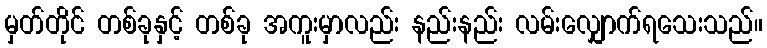
မှတ်တိုင် တစ်ခုနှင့် တစ်ခု အကူးမှာလည်း နည်းနည်း လမ်းလျှောက်ရသေးသည်။